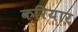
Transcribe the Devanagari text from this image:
करियार